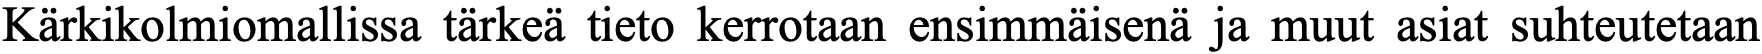
Kärkikolmiomallissa tärkeä tieto kerrotaan ensimmäisenä ja muut asiat suhteutetaan